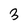
Character: 3